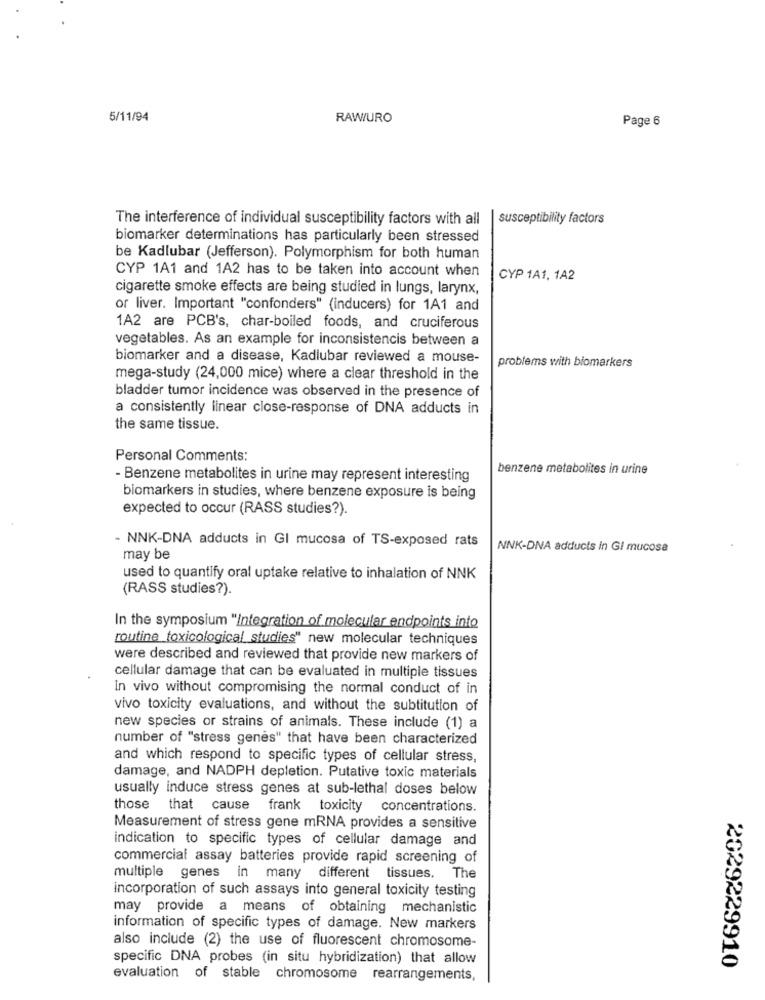
5/11/94
RAWURO
Page 6
The interference of individual susceptibility factors with all
susceptibility factors
biomarker determinations has particularly been stressed
be Kadlubar (Jefferson). Polymorphism for both human
CYP 1A1 and 1A2 has to be taken into account when
CYP 1A1, 1A2
cigarette smoke effects are being studied in lungs, larynx,
or liver. Important "confonders" (inducers) for 1A1 and
1A2 are PCB's, char-boiled foods, and cruciferous
vegetables. As an example for inconsistencis between a
biomarker and a disease, Kadlubar reviewed a mouse-
problems with biomarkers
mega-study (24,000 mice) where a clear threshold in the
bladder tumor incidence was observed in the presence of
a consistently linear close-response of DNA adducts in
the same tissue.
Personal Comments:
benzene metabolites in urine
- Benzene metabolites in urine may represent interesting
biomarkers in studies, where benzene exposure is being
expected to occur (RASS studies?).
- NNK-DNA adducts in GI mucosa of TS-exposed rats
NNK-DNA adducts in Gi mucosa
may be
used to quantify oral uptake relative to inhalation of NNK
(RASS studies?).
In the symposium "Integration of molecular endpoints into
routine toxicological studies" new molecular techniques
were described and reviewed that provide new markers of
cellular damage that can be evaluated in multiple tissues
in vivo without compromising the normal conduct of in
vivo toxicity evaluations, and without the subtitution of
new species or strains of animals. These include (1) a
number of "stress genes" that have been characterized
and which respond to specific types of cellular stress,
damage, and NADPH depletion. Putative toxic materials
usually induce stress genes at sub-lethal doses below
those
that cause
frank toxicity concentrations.
Measurement of stress gene mRNA provides a sensitive
indication to specific types of cellular damage and
commercial assay batteries provide rapid screening of
multiple genes in many different tissues. The
incorporation of such assays into general toxicity testing
may provide a means of obtaining mechanistic
information of specific types of damage. New markers
also include (2) the use of fluorescent chromosome-
specific DNA probes (in situ hybridization) that allow
2029229910
evaluation of stable chromosome rearrangements,